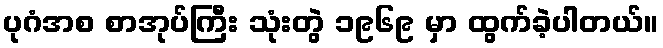
ပုဂံအစ စာအုပ်ကြီး သုံးတွဲ ၁၉၆၉ မှာ ထွက်ခဲ့ပါတယ်။